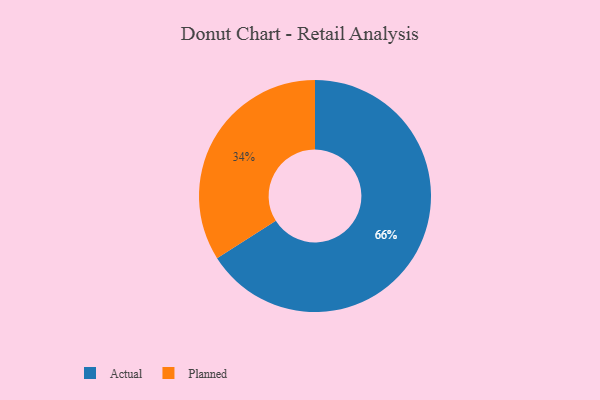
{"axis": {"x": "Category", "y": "Percentage"}, "legend": ["Actual", "Planned"], "data": [{"x": "Actual", "y": 66, "type": "Actual"}, {"x": "Planned", "y": 34, "type": "Planned"}]}